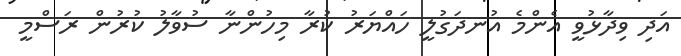
އަދި ވިދާޅުވީ އެންމެ އުނދަގުލީ ހައްޔަރު ކުރާ މިހުންނާ ސުވާލު ކުރުުން ރަސްމީ